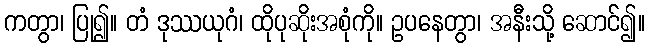
ကတွာ၊ ပြု၍။ တံ ဒုဿယုဂံ၊ ထိုပုဆိုးအစုံကို။ ဥပနေတွာ၊ အနီးသို့ ဆောင်၍။